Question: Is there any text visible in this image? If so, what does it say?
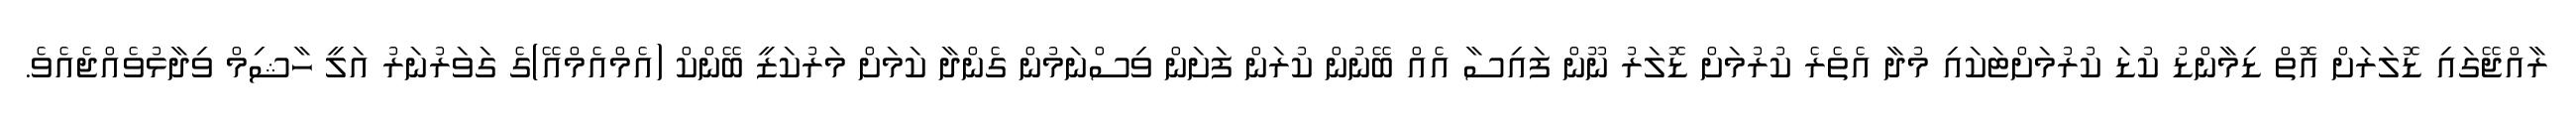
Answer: ރާއްޖޭގައި ޑޮލަރަށް އޮތް ޑިމާންޑު ކުޑަ ކުރުމަށްޓަކައި މުދާ އެތެރެ ކުރުމަށް ޑޮލަރު ނޫން ފައިސާ އެއް ބޭނުން ކުރަން ފަށަން ވިސްނަމުން ގެންދާ ކަމަށް މަރުކަޒީ ބޭންކް (އެމްއެމްއޭ)ގެ ގަވަރުނަރު އަލީ ހާޝިމް ވިދާޅުވެއްޖެއެވެ.